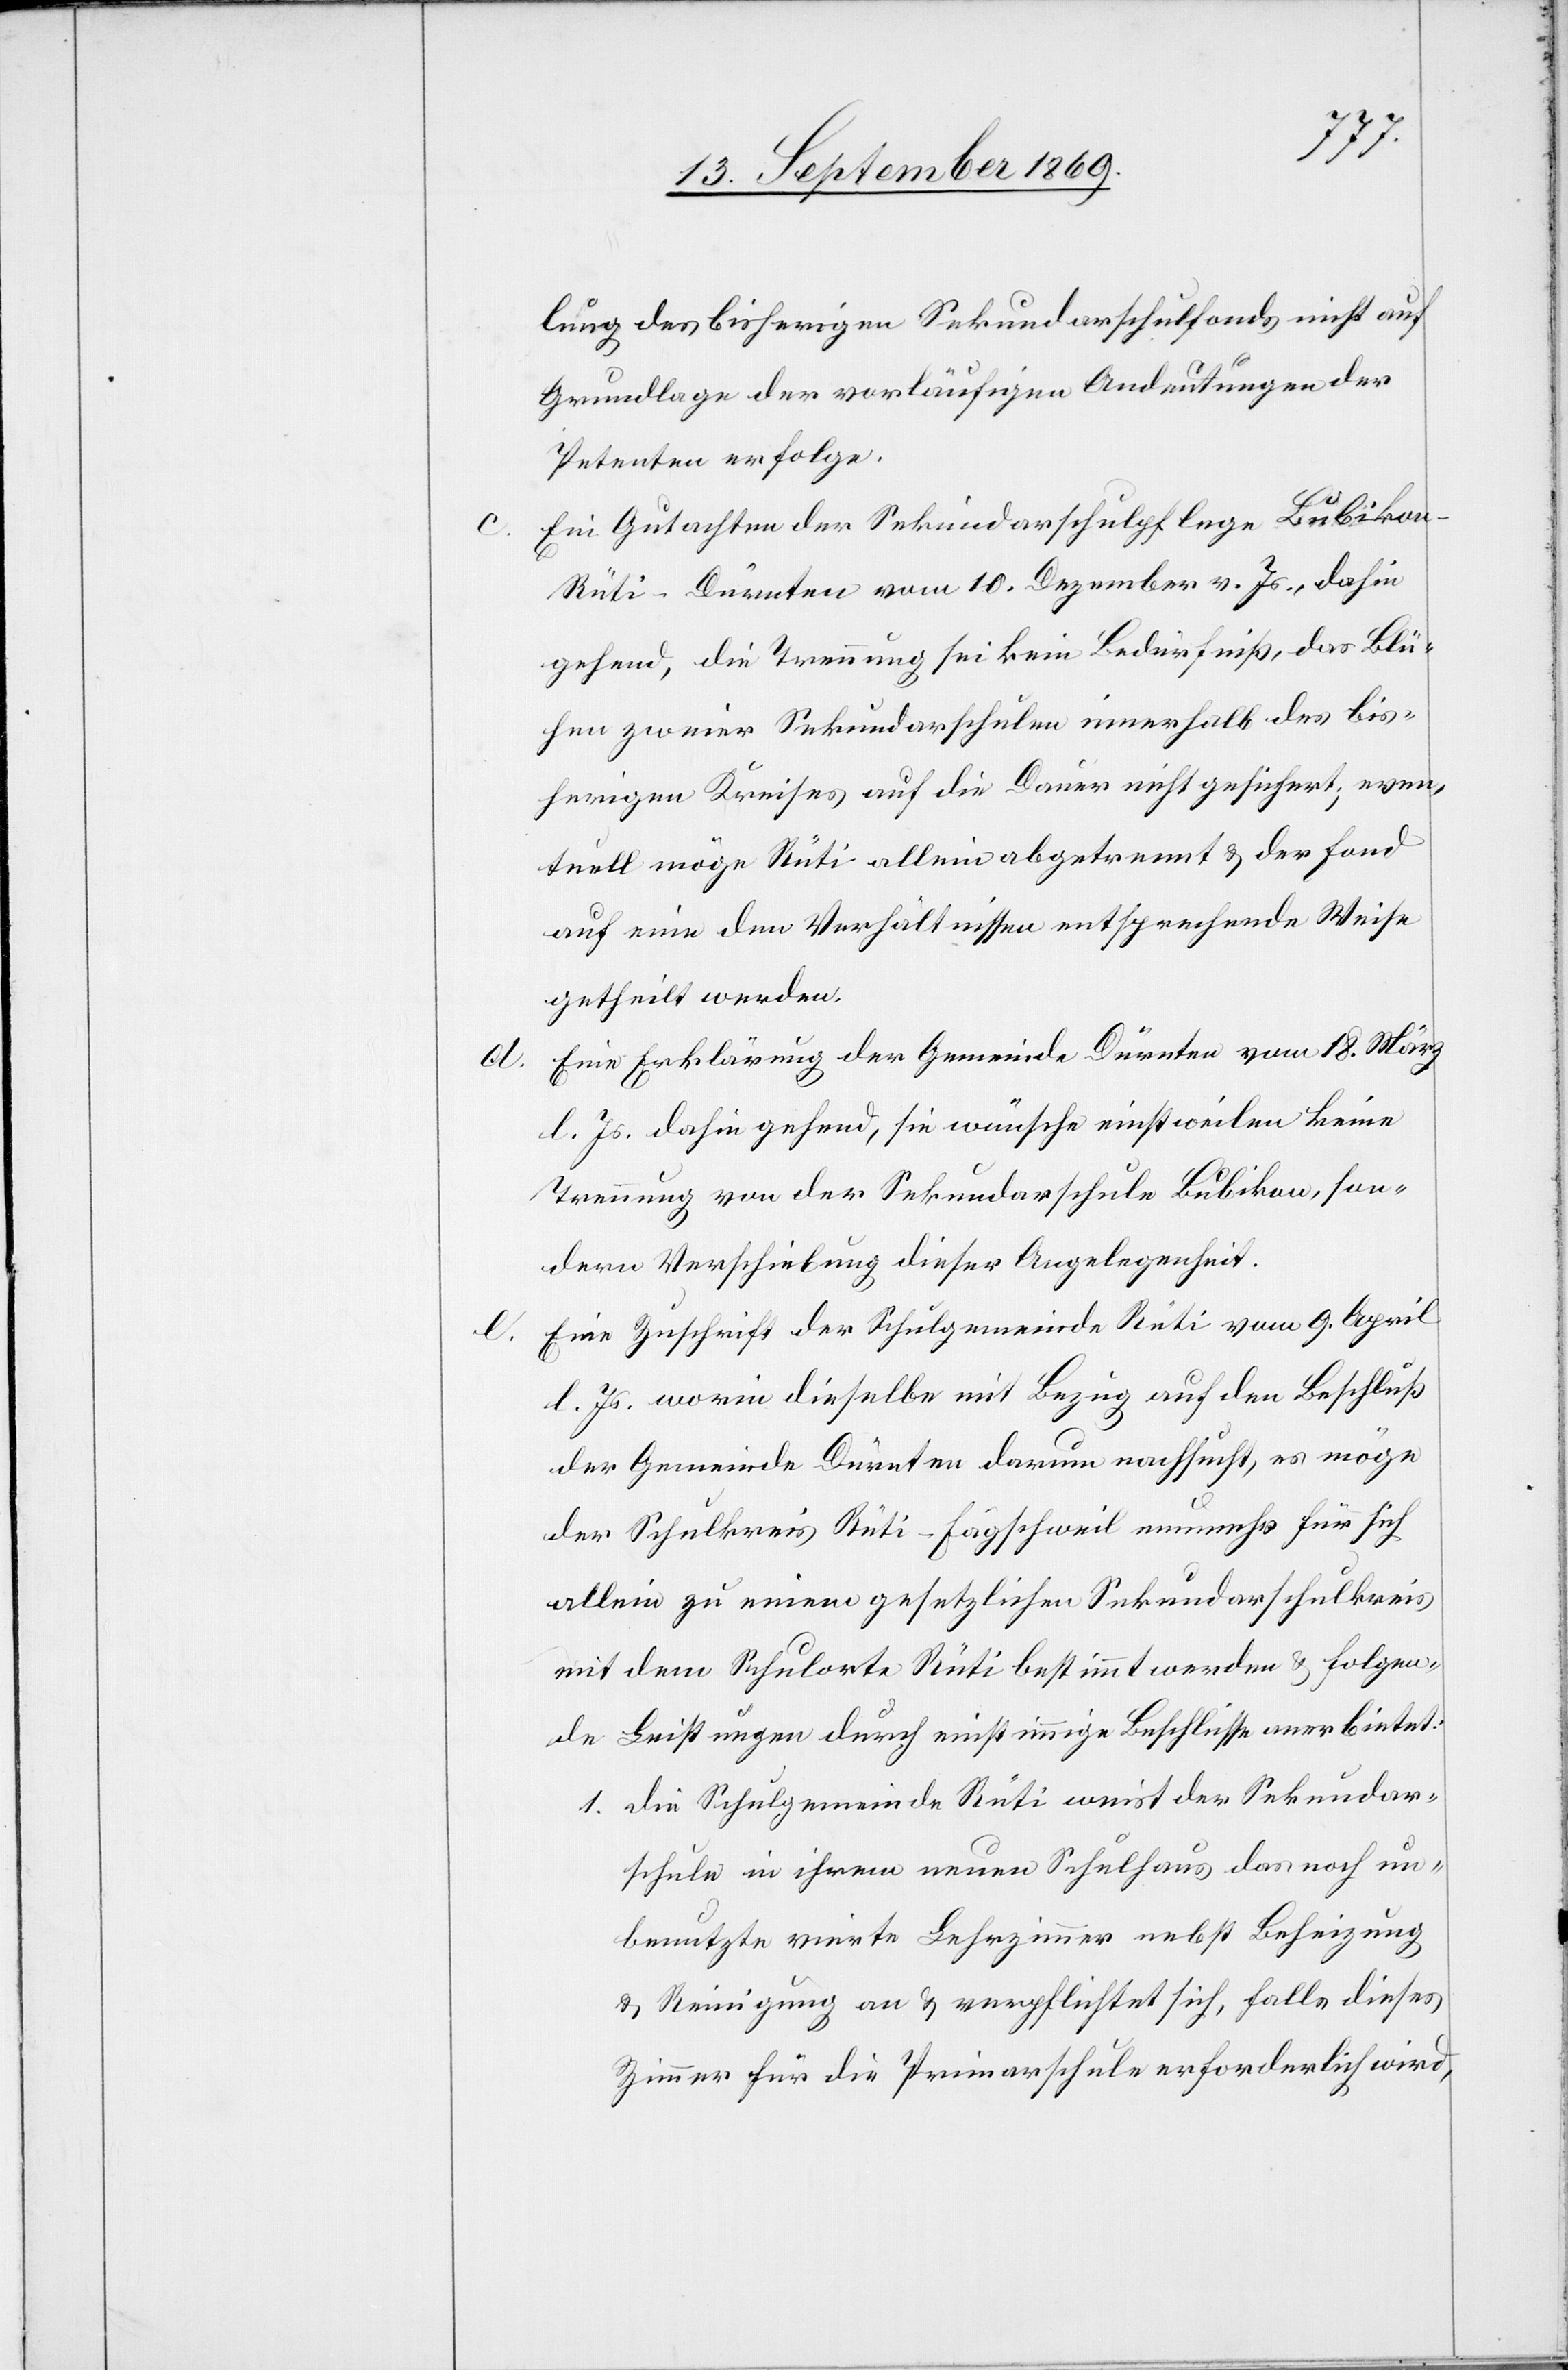
d.

lung des bisherigen Sekundarschulfonds nicht auf
Grundlage der vorläufigen Andeutungen der
Petenten erfolge.
Ein Gutachten der Sekundarschulpflege Bubiko¬
n-Rüti-Dürnten vom 10. Dezember v. Js., dahin
gehend, die Trennung sei kein Bedürfniß, das Blü¬
hen zweier Sekundarschulen innerhalb des bis¬
herigen Kreises auf die Dauer nicht gesichert; even¬
tuell möge Rüti allein abgetrennt & der Fond
auf eine den Verhältnissen entsprechende Weise
getheilt werden.
Eine Erklärung der Gemeinde Dürnten vom 18. März
l. Js. dahin gehend, sie wünsche einstweilen keine
Trennung von der Sekundarschule Bubikon, son¬
dern Verschiebung dieser Angelegenheit.
Eine Zuschrift der Schulgemeinde Rüti vom 9. April
l. Js. worin dieselbe mit Bezug auf den Beschluß
der Gemeinde Dürnten darum nachsucht, es möge
der Schulkreis Rüti-Fägschweil nunmehr für sich
allein zu einem gesetzlichen Sekundarschulkreis
mit dem Schulorte Rüti bestimmt werden & folgen¬
de Leistungen durch einstimmige Beschlüsse anerbietet:
1. die Schulgemeinde Rüti weist der Sekundar¬
schule in ihrem neuen Schulhaus das noch un¬
benutzte vierte Lehrzimmer nebst Beheizung
& Reinigung an & verpflichtet sich, falls dieses
Zimmer für die Primarschule erforderlich wird,